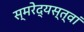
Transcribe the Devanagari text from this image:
स्मरेद्यस्त्वां